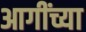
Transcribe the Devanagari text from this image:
आगींच्या